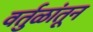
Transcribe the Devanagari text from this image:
वर्तुळांतून